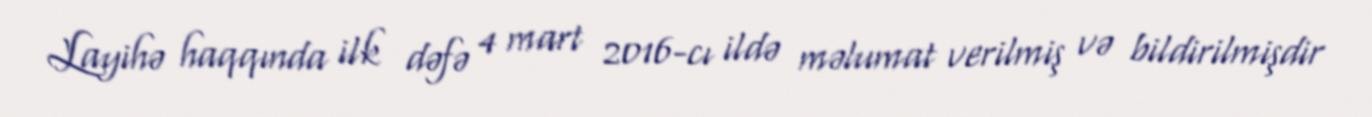
Layihə haqqında ilk dəfə 4 mart 2016-cı ildə məlumat verilmiş və bildirilmişdir